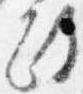
政